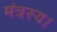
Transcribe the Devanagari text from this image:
मंत्रस्य।